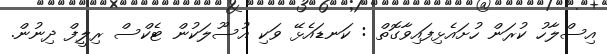
އިސްލާހު ކުރަން ހުށައެޅިފައިވާގޮތް : ކަނޑައެޅޭ ވަކި އުސޫލަކުން ޓެކްސް ރިލީފް ދިނުން.